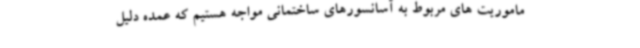
ماموریت های مربوط به آسانسورهای ساختمانی مواجه هستیم که عمده دلیل